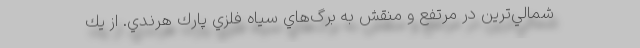
شمالي‌ترين در مرتفع و منقش به برگ‌هاي سياه فلزي پارك هرندي. از يك